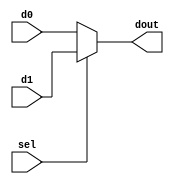
module mux2to1(
d0, 
d1,
sel, 
dout);

input d0, d1, sel;
output dout;
wire  dout;
  
assign dout = (sel) ? d1 : d0;

endmodule